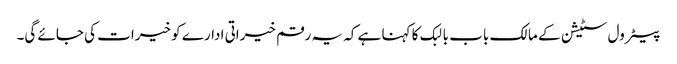
پیٹرول سٹیشن کے مالک باب بالبک کا کہنا ہے کہ یہ رقم خیراتی ادارے کو خیرات کی جائے گی۔